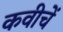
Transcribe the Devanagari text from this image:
कवीचें